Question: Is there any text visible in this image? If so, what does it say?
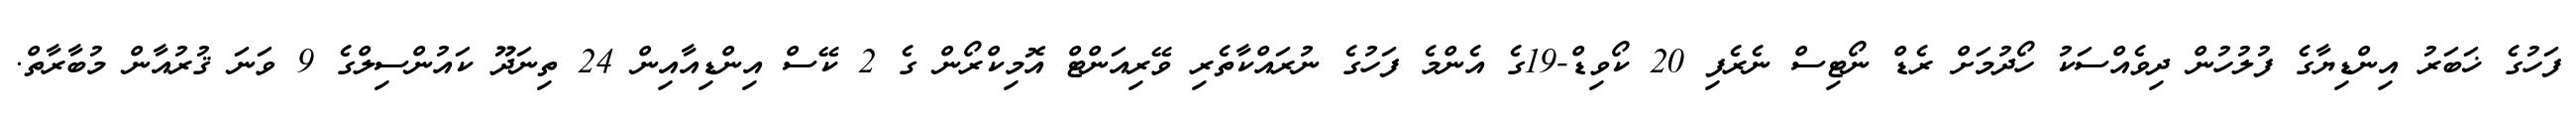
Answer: ފަހުގެ ޚަބަރު އިންޑިޔާގެ ފުލުހުން ދިވެއްސަކު ހޯދުމަށް ރެޑް ނޯޓިސް ނެރެފި 20 ކޯވިޑް-19ގެ އެންމެ ފަހުގެ ނުރައްކާތެރި ވޭރިއަންޓް އޮމިކްރޯން ގެ 2 ކޭސް އިންޑިއާއިން 24 ތިނަދޫ ކައުންސިލްގެ 9 ވަނަ ޤުރުއާން މުބާރާތް.